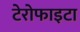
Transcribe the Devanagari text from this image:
टेरोफाइटा